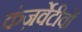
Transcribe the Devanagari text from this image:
कंज़र्वेटीवों